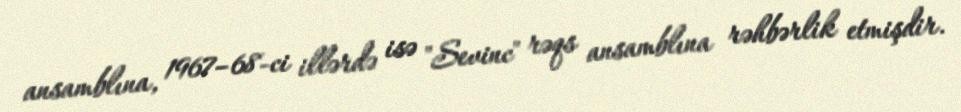
ansamblına, 1967–68-ci illərdə isə "Sevinc" rəqs ansamblına rəhbərlik etmişdir.